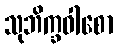
သုဘိက္ခဝါစော